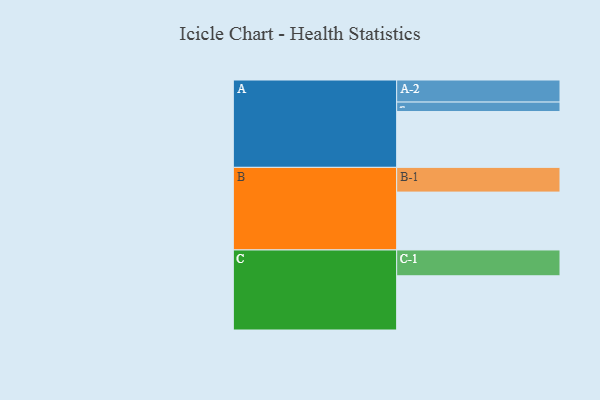
{"axis": {"x": "Segment", "y": "Value"}, "legend": ["", "A", "B", "C"], "data": [{"x": "A", "y": 549, "type": ""}, {"x": "B", "y": 569, "type": ""}, {"x": "C", "y": 533, "type": ""}, {"x": "A-1", "y": 93, "type": "A"}, {"x": "A-2", "y": 217, "type": "A"}, {"x": "B-1", "y": 243, "type": "B"}, {"x": "C-1", "y": 254, "type": "C"}]}